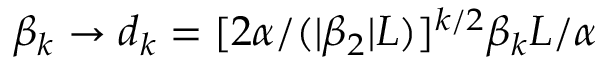
\beta _ { k } \rightarrow d _ { k } = [ 2 \alpha / ( | \beta _ { 2 } | L ) ] ^ { k / 2 } \beta _ { k } L / \alpha